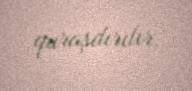
quraşdırılır.